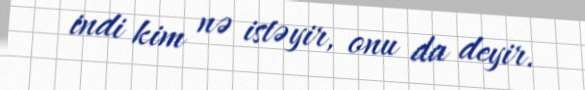
indi kim nə istəyir, onu da deyir.